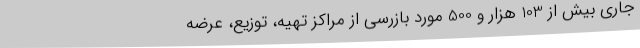
جاری بیش از 103 هزار و 500 مورد بازرسی از مراکز تهیه، توزیع، عرضه